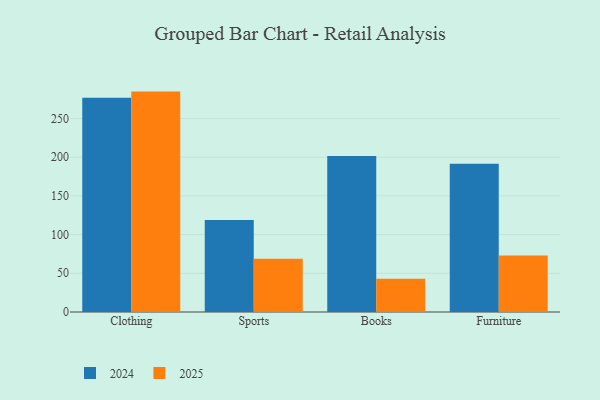
{"axis": {"x": "Category", "y": "Inventory Turnover"}, "legend": ["2024", "2025"], "data": [{"x": "Clothing", "y": 284.7, "type": "2025"}, {"x": "Clothing", "y": 276.8, "type": "2024"}, {"x": "Sports", "y": 68.7, "type": "2025"}, {"x": "Sports", "y": 119.0, "type": "2024"}, {"x": "Books", "y": 43.0, "type": "2025"}, {"x": "Books", "y": 201.6, "type": "2024"}, {"x": "Furniture", "y": 73.1, "type": "2025"}, {"x": "Furniture", "y": 191.5, "type": "2024"}]}